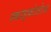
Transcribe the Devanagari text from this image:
स्काइफोज़ोआ